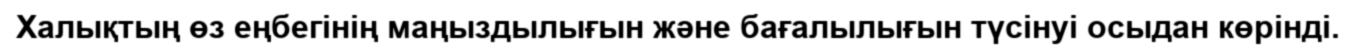
Халықтың өз еңбегінің маңыздылығын және бағалылығын түсінуі осыдан көрінді.